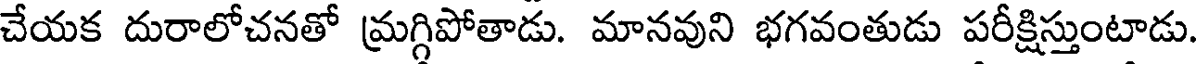
చేయక దురాలోచనతో మ్రగ్గిపోతాడు. మానవుని భగవంతుడు పరీక్షిస్తుంటాడు.